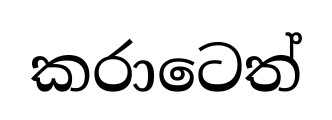
කරාටෙත්